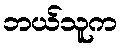
ဘယ်သူက